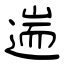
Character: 遄